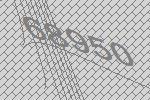
68950